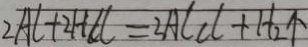
2 A C + 2 H 6 l c = 2 A C C l + H _ { 2 } \uparrow